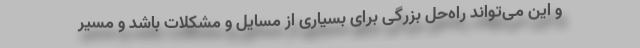
و این می‌تواند راه‌حل بزرگی برای بسیاری از مسایل و مشکلات باشد و مسیر